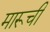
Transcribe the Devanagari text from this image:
मारूची